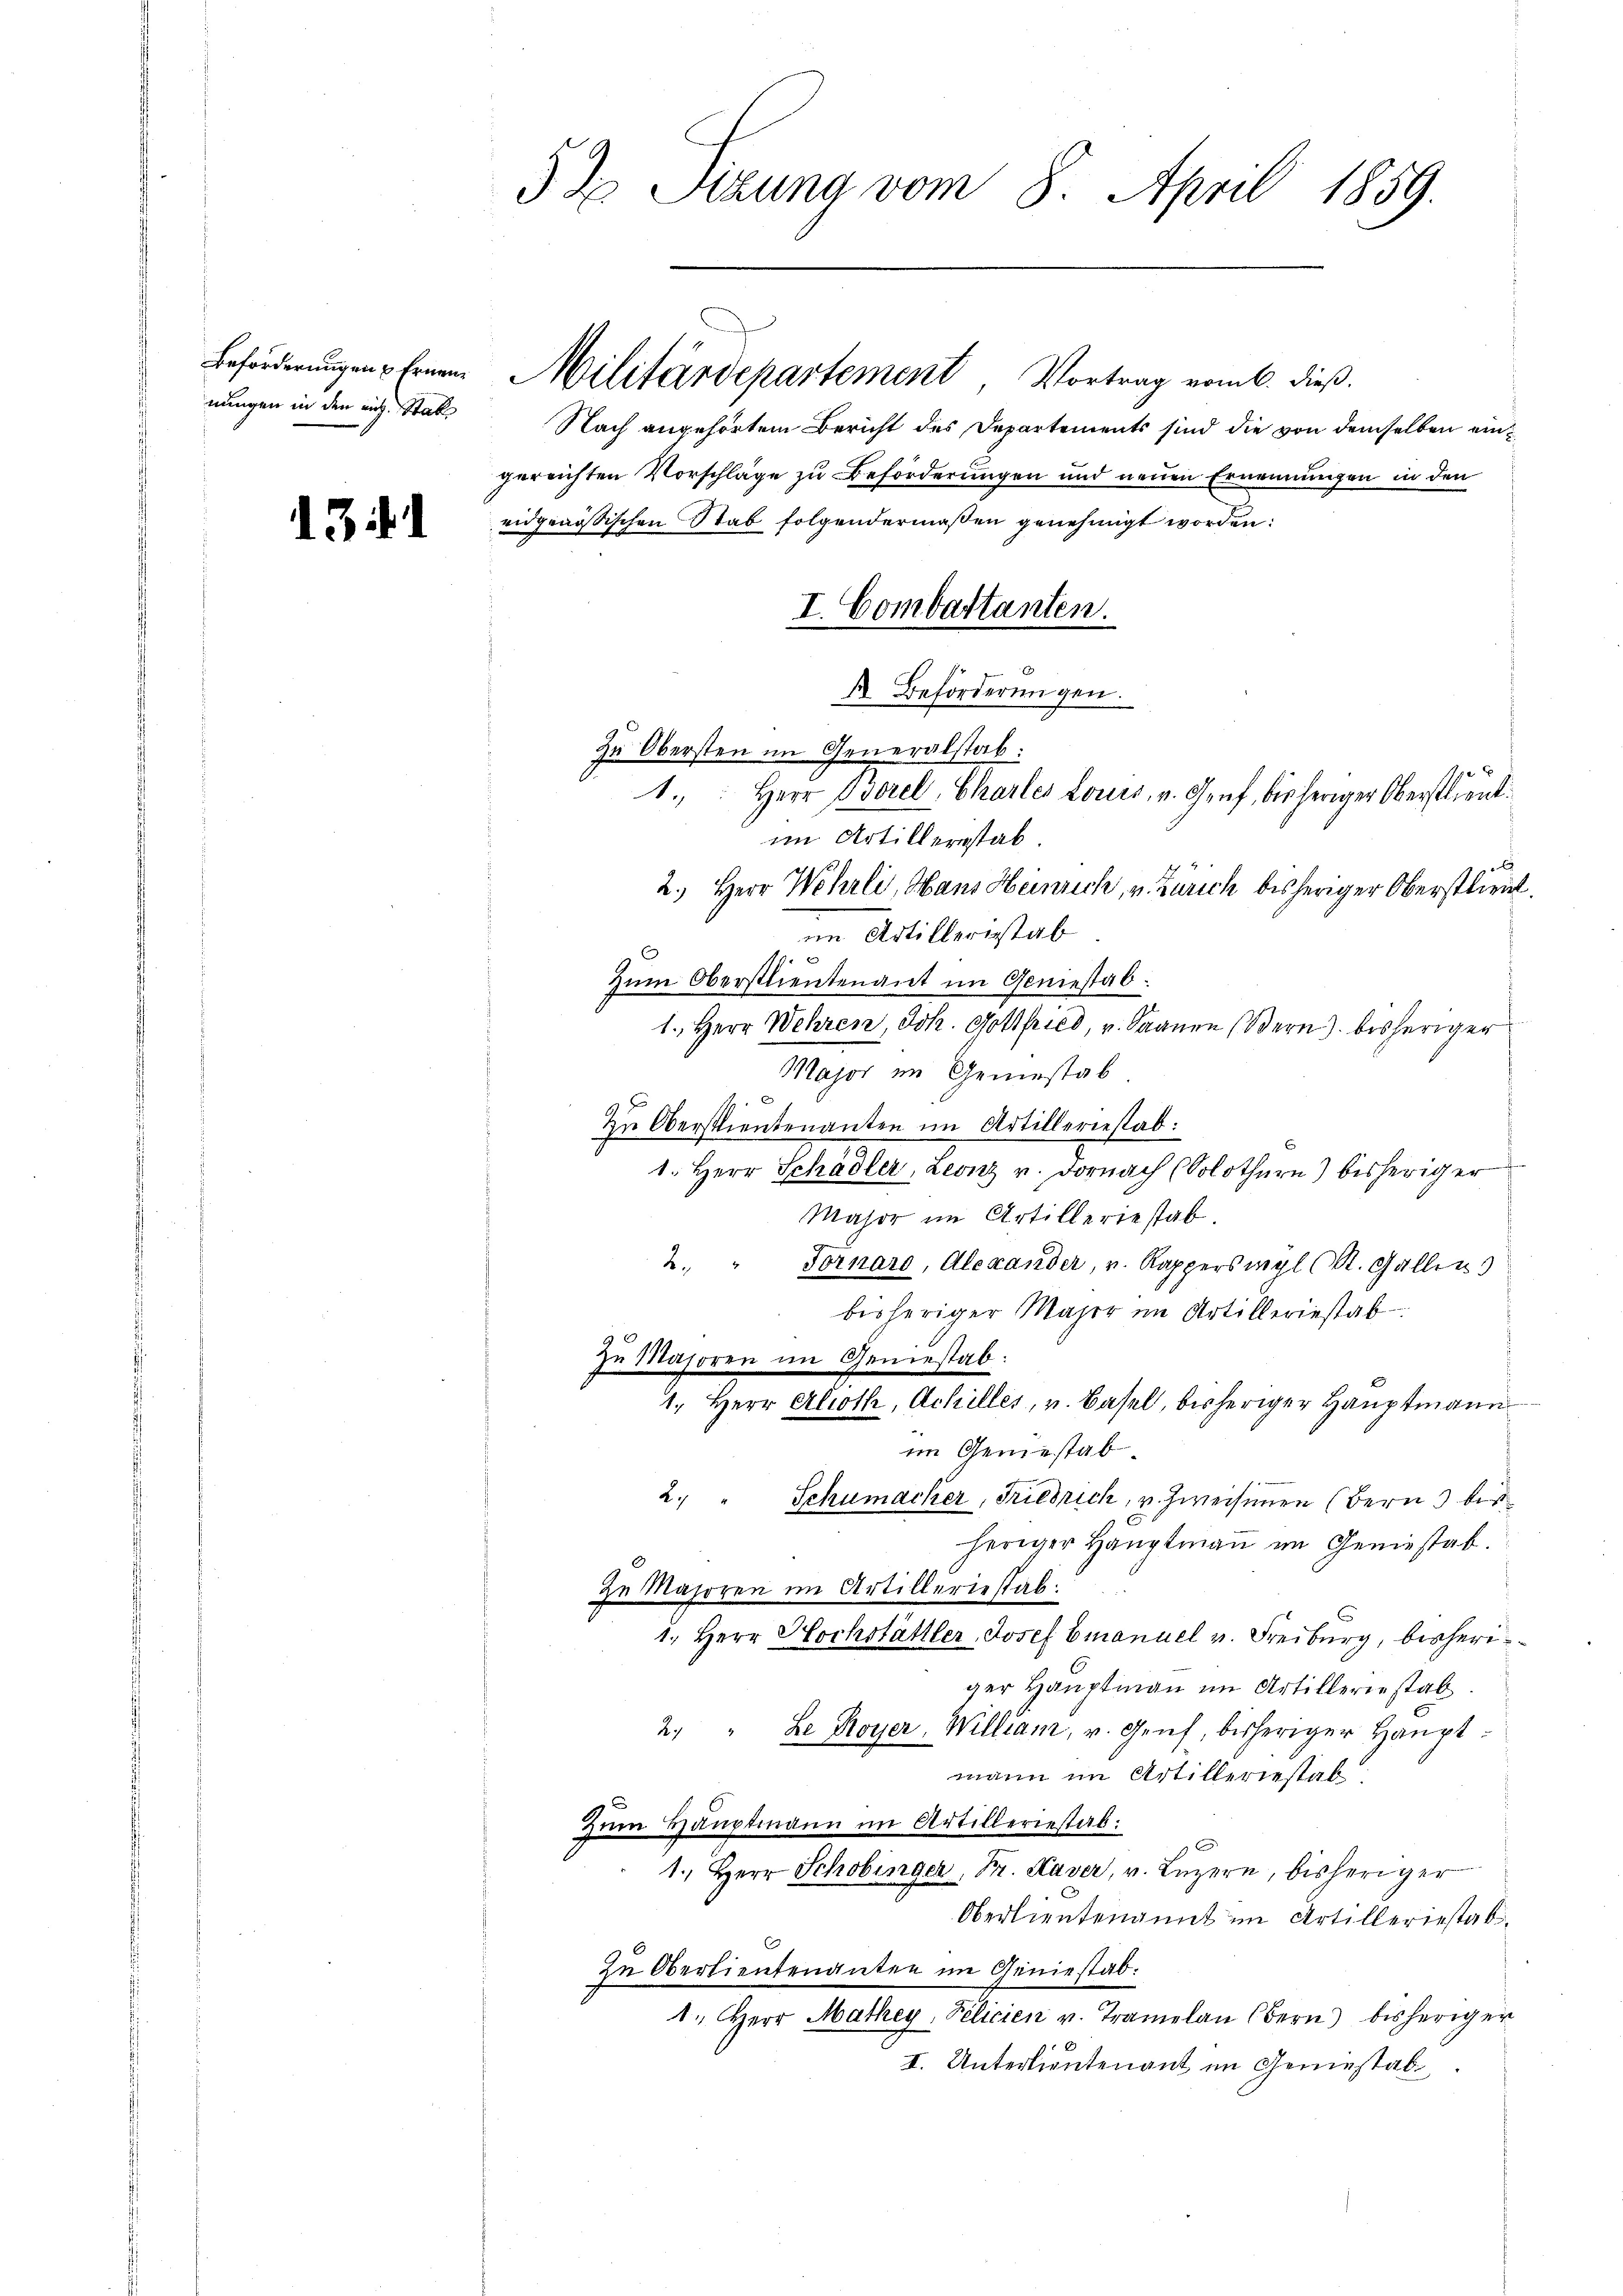
nungen in den mich Stab

13. 1

5 t Setzung vom 8. April 1859.

Nach angehörtem Bericht des Departements sind die von demselben eingereichten Vorschläge zu Beförderungen und neuen Ernennungen in den
eidgenößischen Stab folgendermaßen genehmigt worden:
1. Herr Borel, Charler Louis, v. Genf, bisheriger Oberstlieut.
im Artillersstab.
2.) Herr Wehrli, Hans Heinrich, v. Zürich bisheriger Oberstlieut.
im Artilleristab
9
Zum Oberstlieutenant im Geniestab.
1. Herr Wehren, Joh. Gottfried, v. Saanen (Bern) bisheriger
Major im Gemestab
Zu Oberstlieutenanten im Artilleriestab:
1. Herr Schädler, Leonz u. Dornach (Solothurn) bisheriger
Major im Artilleriestab.
2. " Fornaro, Alexander, u. Rapperswyl (St. Gallen
bisheriger Majer im Artilleriestab
zu Majoren im Geniestab:
1. Herr Ahroth, Achilles, v. Basel, bisheriger Hauptmann
im Geniestab
2. " Schumacker, Friedrich, u. Zweisinen (Bern 3 bis
heriger Haŭptmaṅ im Geniestab.
zu Majoren im Artilleriestab:
1. Herr Hochstättler, Josef Emanuel v. Freiburg, bisheriger Hauptmann im Artilleriestal
2. " Le Royer, William, u. Genf, bisheriger Haupt-
mann im Artilleriestab
Zŭm Hauptmann im Artilleriestab:
1. Herr Schobinger, Fr. Kaver, v. Luzern, bisheriger
Oberlieutenannt im Artilleriestat
Zu Oberlieutenanter im Geniestab.
1. Herr Mathey, Pelicien u. Tramelau (Bern) bisheriger
I. Unterlieutenant im Geniestab¬

Beförderŭngen Ernen Militärdepartement, Vortrag vom 6. dieβ.

I. Combattanten.
A Beförderungen.
Zu Obersten im Generalstab: